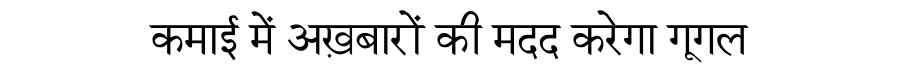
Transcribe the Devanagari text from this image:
कमाई में अख़बारों की मदद करेगा गूगल